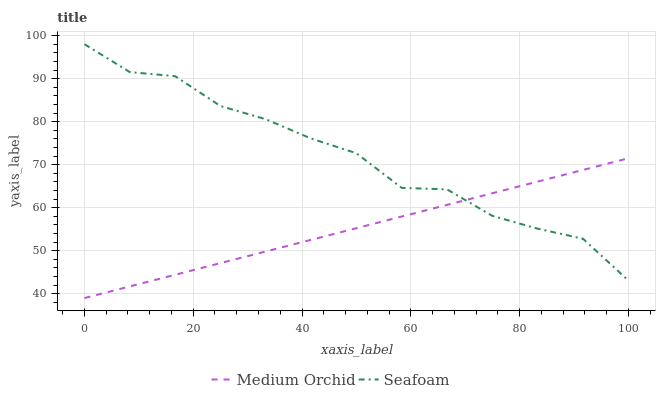
| xaxis_label | Medium Orchid | Seafoam |
 | --- | --- | --- |
 | 0 | 39 | 98 |
 | 8.33 | 41.7 | 91.5 |
 | 16.7 | 44.4 | 90.6 |
 | 25 | 47.1 | 83.6 |
 | 33.3 | 49.8 | 80.6 |
 | 41.7 | 52.5 | 76.1 |
 | 50 | 55.2 | 72.7 |
 | 58.3 | 57.9 | 64.6 |
 | 66.7 | 60.7 | 64.3 |
 | 75 | 63.4 | 58.1 |
 | 83.3 | 66.1 | 55.1 |
 | 91.7 | 68.8 | 52.8 |
 | 100 | 71.5 | 43.1 |